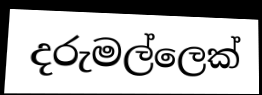
දරුමල්ලෙක්